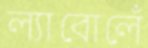
ল্যাবোলেঁ